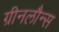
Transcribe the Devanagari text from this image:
ग्रीनलौन्स